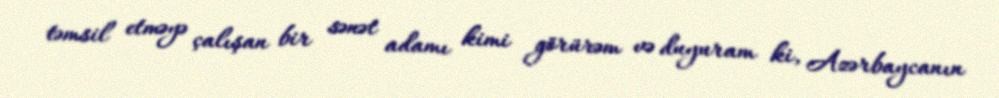
təmsil etməyə çalışan bir sənət adamı kimi görürəm və duyuram ki, Azərbaycanın